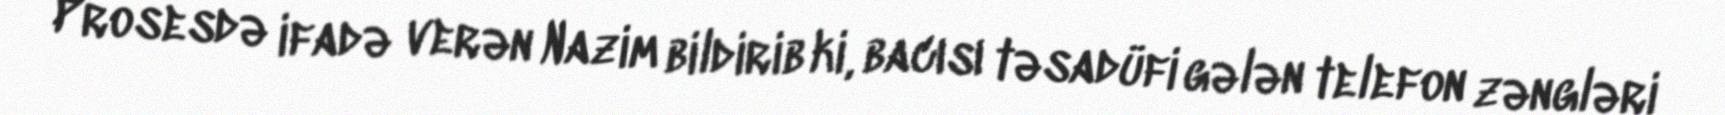
Prosesdə ifadə verən Nazim bildirib ki, bacısı təsadüfi gələn telefon zəngləri